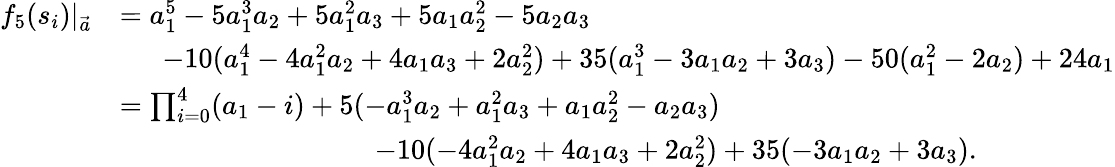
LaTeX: \begin{array}{rl}{f_{5}(s_{i})|_{\vec{a}}}&{=a_{1}^{5}-5a_{1}^{3}a_{2}+5a_{1}^{2}a_{3}+5a_{1}a_{2}^{2}-5a_{2}a_{3}}\\ &{\, \, \, \, \, \, \, \, \, -10(a_{1}^{4}-4a_{1}^{2}a_{2}+4a_{1}a_{3}+2a_{2}^{2})+35(a_{1}^{3}-3a_{1}a_{2}+3a_{3})-50(a_{1}^{2}-2a_{2})+24a_{1}}\\ &{=\prod_{i=0}^{4}(a_{1}-i)+5(-a_{1}^{3}a_{2}+a_{1}^{2}a_{3}+a_{1}a_{2}^{2}-a_{2}a_{3})}\\ &{\, \, \, \, \, \, \, \, \, \, \, \, \, \, \, \, \, \, \, \, \, \, \, \, \, \, \, \, \, \, \, \, \, \, \, \, \, \, \, \, \, \, \, \, \, \, \, \, \, \, \, \, \, \, -10(-4a_{1}^{2}a_{2}+4a_{1}a_{3}+2a_{2}^{2})+35(-3a_{1}a_{2}+3a_{3}).}\end{array}